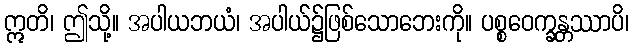
ဣတိ၊ ဤသို့။ အပါယဘယံ၊ အပါယ်၌ဖြစ်သောဘေးကို။ ပစ္စဝေက္ခန္တဿာပိ၊